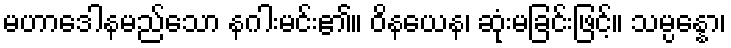
မဟာဒေါနမည်သော နဂါးမင်း၏။ ဝိနယေန၊ ဆုံးမခြင်းဖြင့်။ သမ္ပန္နော၊